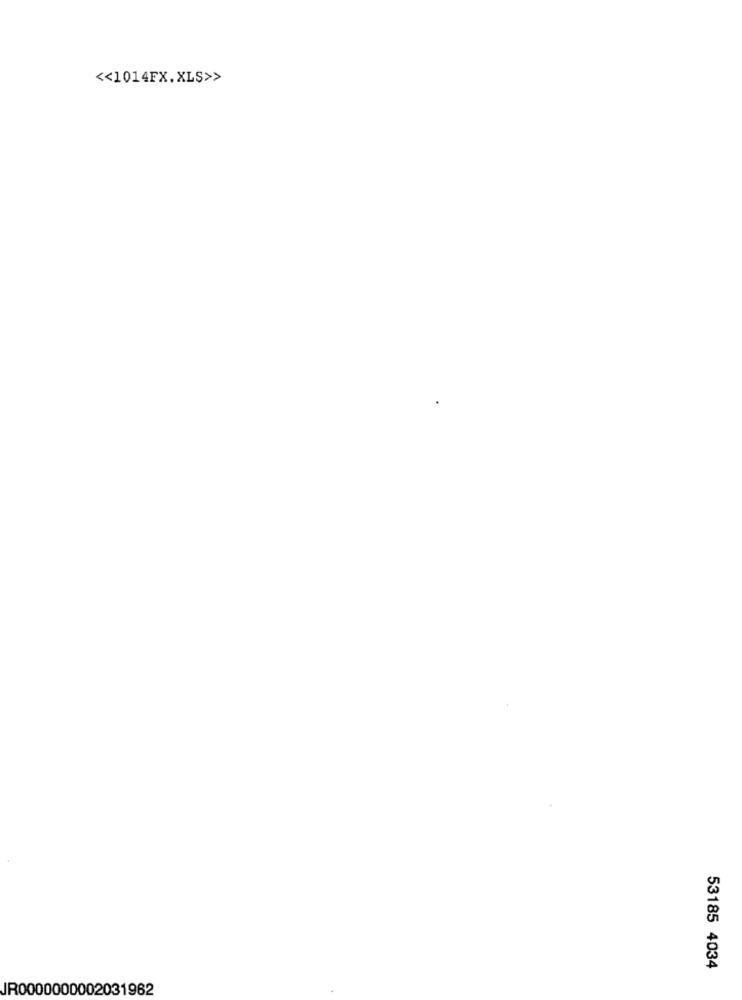
<< 1014FX.XLS>>
53185 4034
JR0000000002031962